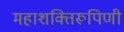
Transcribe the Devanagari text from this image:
महाशक्तिरूपिणी